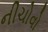
નીચોવો